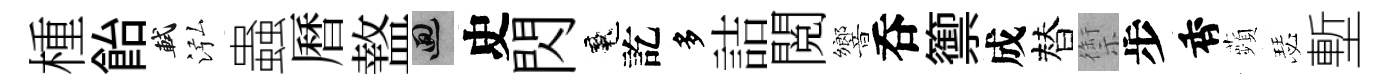
㮔飴軾泓蟲曆盩回史閃魂訖多詰閲響呑籞成替禦步香蘋瑟塹